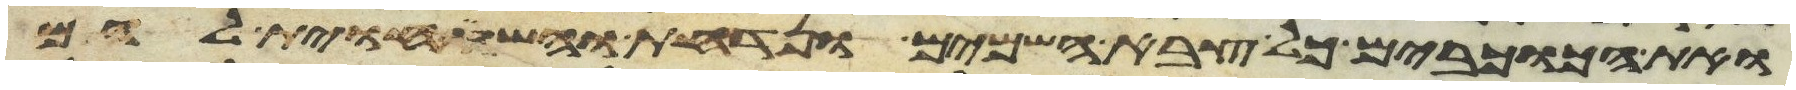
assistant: ואת הכוכבים כל צבא השמים ונדחת והשתחוית להם